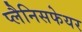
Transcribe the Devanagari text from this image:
प्लैनिसफेयर